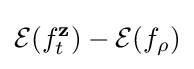
{\mathcal {E}}(f_{t}^{\mathbf {z} })-{\mathcal {E}}(f_{\rho })